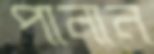
পানান